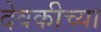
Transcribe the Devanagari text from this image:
देवकीच्या